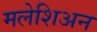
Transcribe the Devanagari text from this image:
मलेशिअन